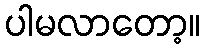
ပါမလာတော့။